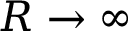
R \rightarrow \infty